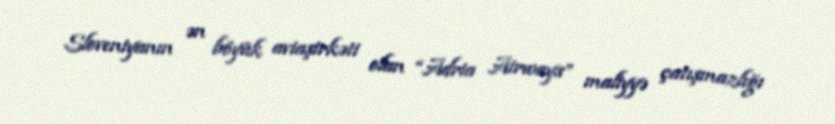
Sloveniyanın ən böyük aviaşirkəti olan “Adria Airways” maliyyə çatışmazlığı